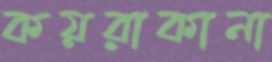
কয়রাকানা